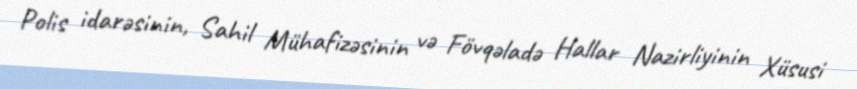
Polis idarəsinin, Sahil Mühafizəsinin və Fövqəladə Hallar Nazirliyinin Xüsusi